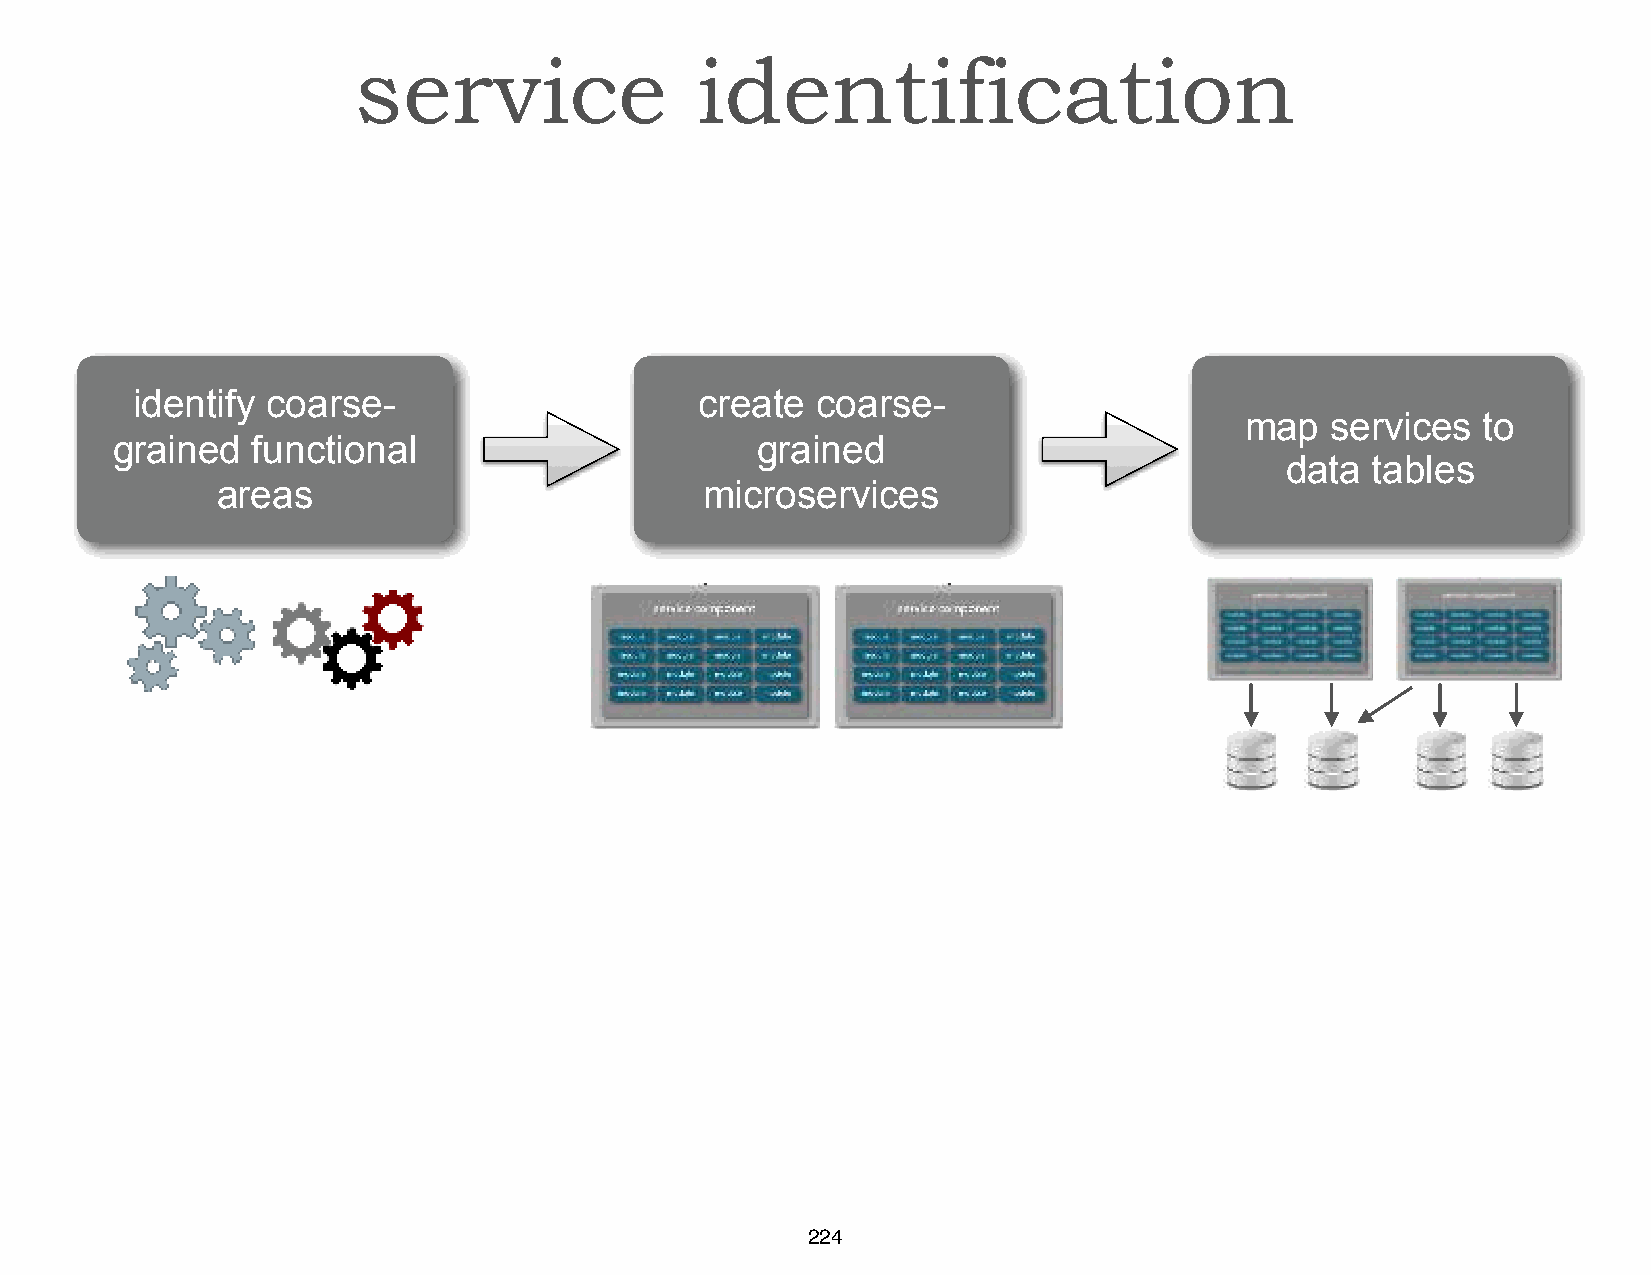
service                identification
 identify coarse-                     create  coarse-
 map   services  to
 grained   functional                       grained
 data  tables
 areas                           microservices
 224